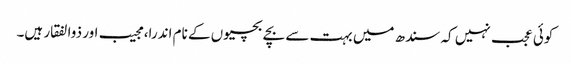
کوئی عجب نہیں کہ سندھ میں بہت سے بچے بچیوں کے نام اندرا، مجیب اور ذوالفقار ہیں۔